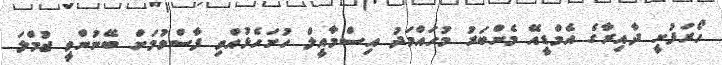
ހޯރަފުށީ ދާއިރާގެ އެމްޑީއޭ މެންބަރު މުހައްމަދު އިސްމާއީލް ހުށަހެޅުއްވި ފާސްވުމަށް ބޭނުންވީ ޖުމްލަ